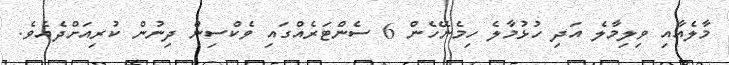
މާލެއާއި ވިލިމާލެ އަދި ހުޅުމާލެ ހިމެނޭހެން 6 ސެންޓަރެއްގައި ވެކްސިން ދިނުން ކުރިއަށްދެއެވެ.